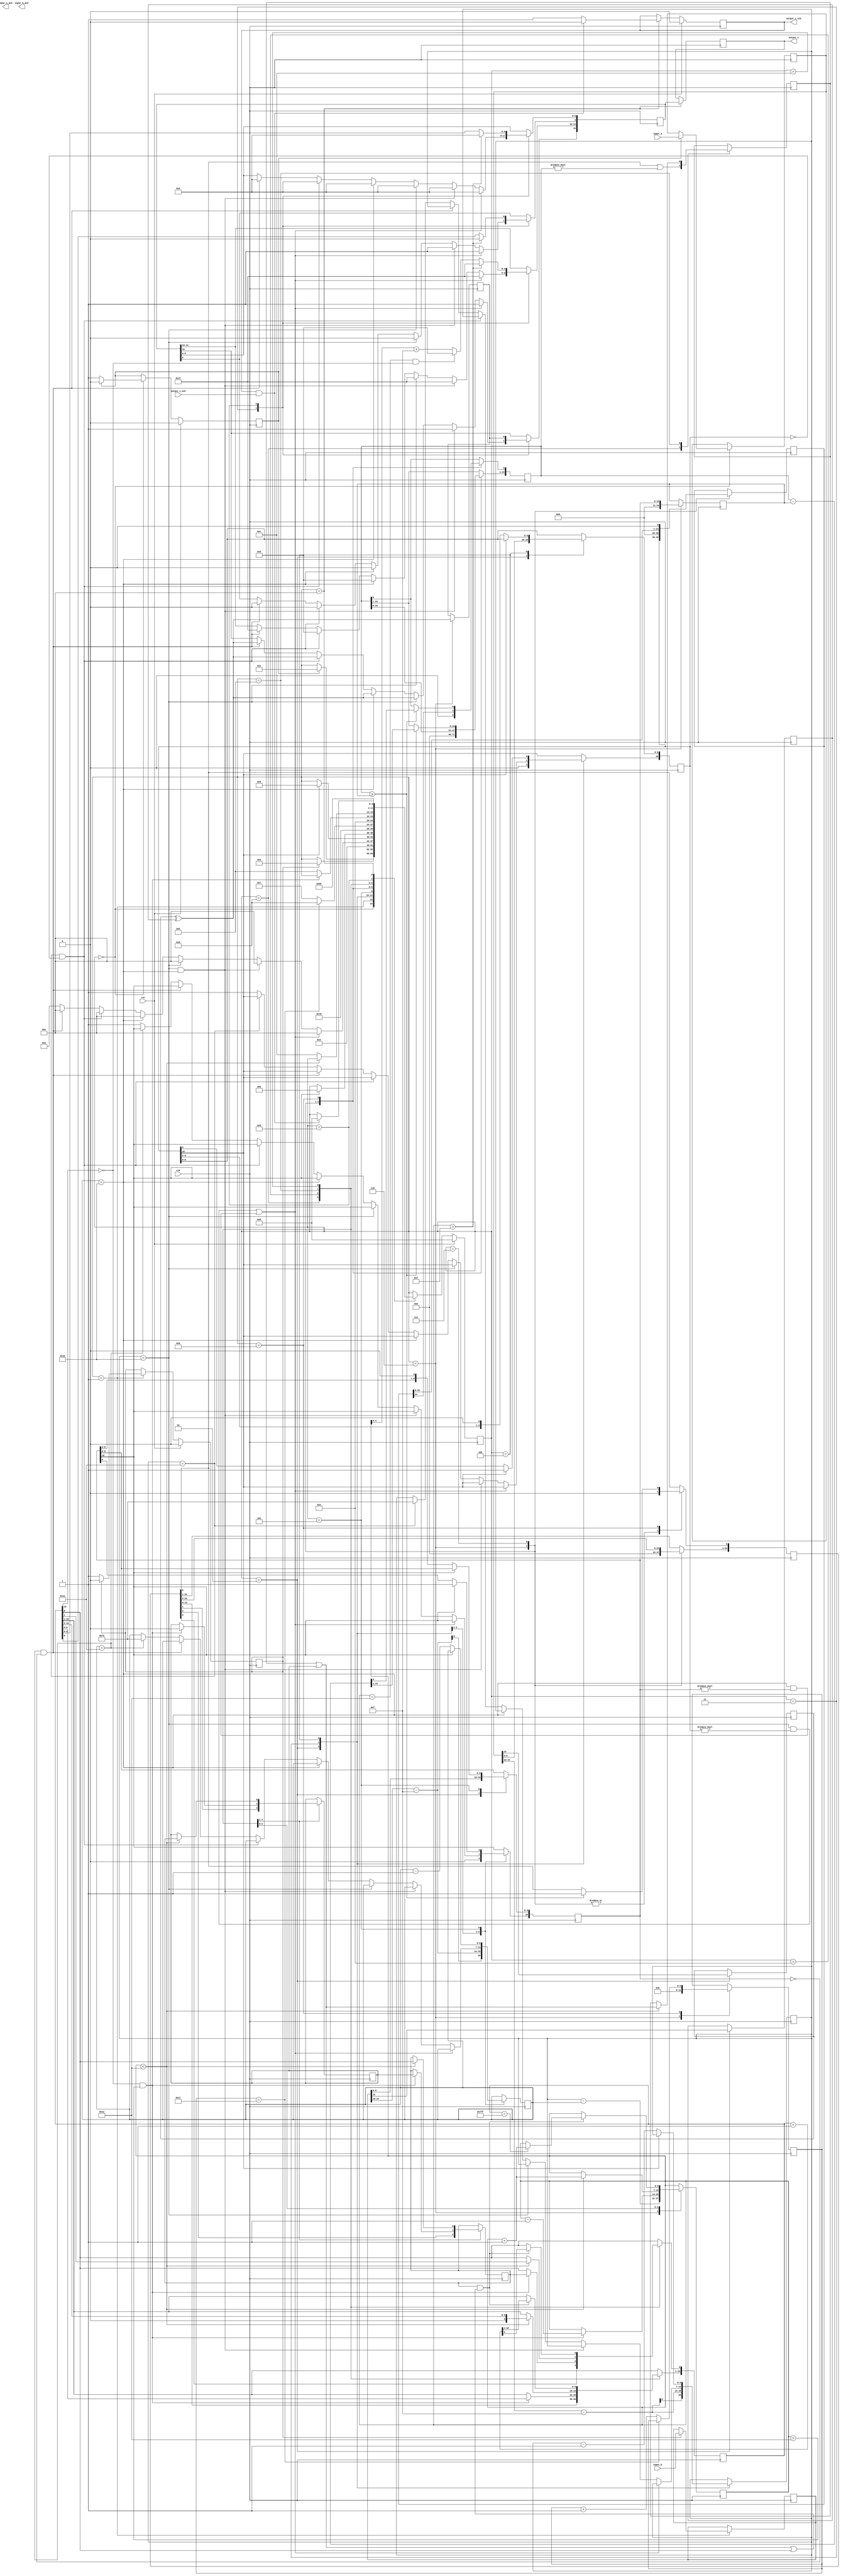

module divider16(
        input_a,
        input_b,
        output_z_ack,
        clk,
        rst,
        output_z,
        output_z_stb,
        input_a_ack,
        input_b_ack);

  input     clk;
  input     rst;

  input     [15:0] input_a;
  output    input_a_ack;

  input     [15:0] input_b;
  output    input_b_ack;

  output    [15:0] output_z;
  output    output_z_stb;
  input     output_z_ack;

  reg       s_output_z_stb;
  reg       [15:0] s_output_z;
  reg       s_input_a_ack;
  reg       s_input_b_ack;

  reg       [3:0] state;
  parameter get_a         = 4'd0,
            get_b         = 4'd1,
            unpack        = 4'd2,
            special_cases = 4'd3,
            normalise_a   = 4'd4,
            normalise_b   = 4'd5,
            divide_0      = 4'd6,
            divide_1      = 4'd7,
            divide_2      = 4'd8,
            divide_3      = 4'd9,
            normalise_1   = 4'd10,
            normalise_2   = 4'd11,
            round         = 4'd12,
            pack          = 4'd13,
            put_z         = 4'd14;

  reg       [15:0] a, b, z;
  reg       [10:0] a_m, b_m, z_m;
  reg       [6:0] a_e, b_e, z_e;
  reg       a_s, b_s, z_s;
  reg       guard, round_bit, sticky;
  reg       [24:0] quotient, divisor, dividend, remainder;
  reg       [5:0] count;

  always @(posedge clk)
  begin

    case(state)

      get_a:
      begin
        s_input_a_ack <= 1;
        if (s_input_a_ack) begin
          a <= input_a;
          s_input_a_ack <= 0;
          state <= get_b;
        end
      end

      get_b:
      begin
        s_input_b_ack <= 1;
        if (s_input_b_ack) begin
          b <= input_b;
          s_input_b_ack <= 0;
          state <= unpack;
        end
      end

      unpack:
      begin
        a_m <= a[9 : 0];
        b_m <= b[9 : 0];
        a_e <= a[14 : 10] - 15;
        b_e <= b[14 : 10] - 15;
        a_s <= a[15];
        b_s <= b[15];
        state <= special_cases;
      end

      special_cases:
      begin
        //if a is NaN or b is NaN return NaN 
        if ((a_e == 16  && a_m != 0) || (b_e == 16 && b_m != 0)) begin
          z[15] <= 1;
          z[14:10] <= 31;
          z[9] <= 1;
          z[8:0] <= 0;
          state <= put_z;
          //if a is inf and b is inf return NaN 
        end else if ((a_e == 16) && (b_e == 16)) begin
          z[15] <= 1;
          z[14:10] <= 31;
          z[9] <= 1;
          z[8:0] <= 0;
          state <= put_z;
        //if a is inf return inf
        end else if (a_e == 16) begin
          z[15] <= a_s ^ b_s;
          z[14:10] <= 31;
          z[9:0] <= 0;
          state <= put_z;
           //if b is zero return NaN
          if ($signed(b_e == -15) && (b_m == 0)) begin
            z[15] <= 1;
            z[14:10] <= 255;
            z[9] <= 1;
            z[8:0] <= 0;
            state <= put_z;
          end
        //if b is inf return zero
        end else if (b_e == 16) begin
          z[15] <= a_s ^ b_s;
          z[14:10] <= 0;
          z[9:0] <= 0;
          state <= put_z;
        //if a is zero return zero
        end else if (($signed(a_e) == -15) && (a_m == 0)) begin
          z[15] <= a_s ^ b_s;
          z[14:10] <= 0;
          z[9:0] <= 0;
          state <= put_z;
           //if b is zero return NaN
          //if (($signed(b_e) == -127) && (b_m == 0)) begin
           // z[31] <= 1;
          //  z[30:23] <= 255;
         //   z[22] <= 1;
          //  z[21:0] <= 0;
          //  state <= put_z;
          // end
        //if b is zero return inf
        end else if (($signed(b_e) == -15) && (b_m == 0)) begin
          z[15] <= a_s ^ b_s;
          z[14:10] <= 31;
          z[9:0] <= 0;
          state <= put_z;
        end else begin
          //Denormalised Number
          if ($signed(a_e) == -15) begin
            a_e <= -14;
          end else begin
            a_m[10] <= 1;
          end
          //Denormalised Number
          if ($signed(b_e) == -15) begin
            b_e <= -14;
          end else begin
            b_m[10] <= 1;
          end
          state <= normalise_a;
        end
      end

      normalise_a:
      begin
        if (a_m[10]) begin
          state <= normalise_b;
        end else begin
          a_m <= a_m << 1;
          a_e <= a_e - 1;
        end
      end

      normalise_b:
      begin
        if (b_m[10]) begin
          state <= divide_0;
        end else begin
          b_m <= b_m << 1;
          b_e <= b_e - 1;
        end
      end

      divide_0:
      begin
        z_s <= a_s ^ b_s;
        z_e <= a_e - b_e;
        quotient <= 0;
        remainder <= 0;
        count <= 0;
        dividend <= a_m << 14;
        divisor <= b_m;
        state <= divide_1;
      end

      divide_1:
      begin
        quotient <= quotient << 1;
        remainder <= remainder << 1;
        remainder[0] <= dividend[24];
        dividend <= dividend << 1;
        state <= divide_2;
      end

      divide_2:
      begin
        if (remainder >= divisor) begin
          quotient[0] <= 1;
          remainder <= remainder - divisor;
        end
        if (count == 23) begin
          state <= divide_3;
        end else begin
          count <= count + 1;
          state <= divide_1;
        end
      end

      divide_3:
      begin
        z_m <= quotient[13:3];
        guard <= quotient[2];
        round_bit <= quotient[1];
        sticky <= quotient[0] | (remainder != 0);
        state <= normalise_1;
      end

      normalise_1:
      begin
        if (z_m[10] == 0 && $signed(z_e) > -14) begin
          z_e <= z_e - 1;
          z_m <= z_m << 1;
          z_m[0] <= guard;
          guard <= round_bit;
          round_bit <= 0;
        end else begin
          state <= normalise_2;
        end
      end

      normalise_2:
      begin
        if ($signed(z_e) < -14) begin
          z_e <= z_e + 1;
          z_m <= z_m >> 1;
          guard <= z_m[0];
          round_bit <= guard;
          sticky <= sticky | round_bit;
        end else begin
          state <= round;
        end
      end

      round:
      begin
        if (guard && (round_bit | sticky | z_m[0])) begin
          z_m <= z_m + 1;
          if (z_m == 11'b11111111111) begin
            z_e <=z_e + 1;
          end
        end
        state <= pack;
      end

      pack:
      begin
        z[9 : 0] <= z_m[9:0];
        z[14 : 10] <= z_e[4:0] + 15;
        z[15] <= z_s;
        if ($signed(z_e) == -14 && z_m[10] == 0) begin
          z[14 : 10] <= 0;
        end
        //if overflow occurs, return inf
        if ($signed(z_e) > 15) begin
          z[9 : 0] <= 0;
          z[14 : 10] <= 31;
          z[15] <= z_s;
        end
        state <= put_z;
      end

      put_z:
      begin
        s_output_z_stb <= 1;
        s_output_z <= z;
        if (s_output_z_stb && output_z_ack) begin
          s_output_z_stb <= 0;
          state <= get_a;
        end
      end

    endcase

    if (rst == 1) begin
      state <= get_a;
      s_input_a_ack <= 0;
      s_input_b_ack <= 0;
      s_output_z_stb <= 0;
    end

  end
  assign output_z_stb = s_output_z_stb;
  assign output_z = s_output_z;

endmodule